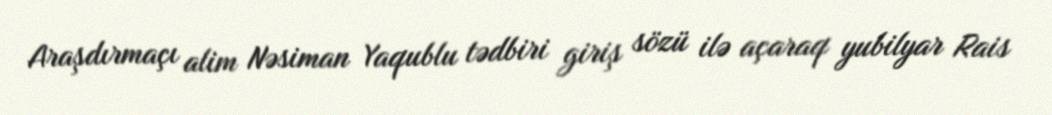
Araşdırmaçı alim Nəsiman Yaqublu tədbiri giriş sözü ilə açaraq yubilyar Rais